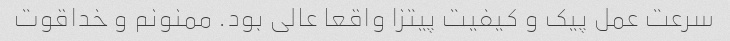
سرعت عمل پیک و کیفیت پیتزا واقعا عالی بود. ممنونم و خداقوت